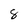
Character: 8